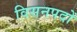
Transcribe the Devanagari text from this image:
विसनपदों